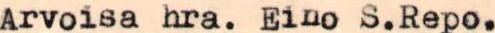
Arvoisa hra. Eino S.Repo.